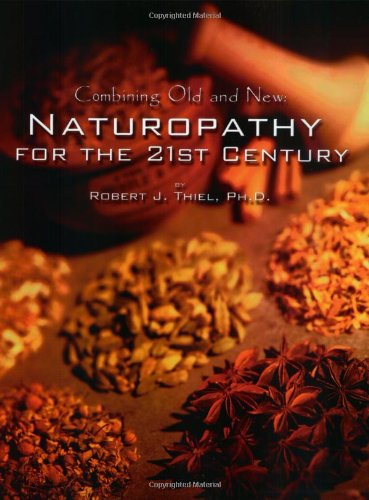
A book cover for Combining Old and New : Naturopathy for the 21st Century; Robert J. Thiel; Health, Fitness & Dieting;